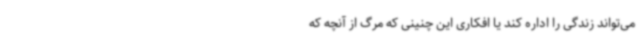
می‌تواند زندگی را اداره کند یا افکاری این چنینی که مرگ از آنچه که